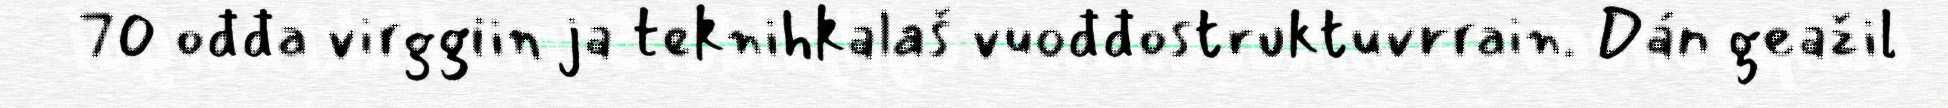
70 ođđa virggiin ja teknihkalaš vuođđostruktuvrrain. Dán geažil